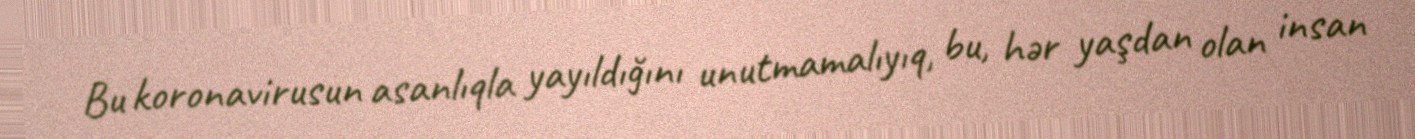
Bu koronavirusun asanlıqla yayıldığını unutmamalıyıq, bu, hər yaşdan olan insan